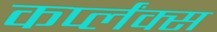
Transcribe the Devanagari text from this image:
कर्प्लंक्स